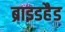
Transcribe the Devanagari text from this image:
ब्राइडहैड